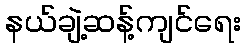
နယ်ချဲ့ဆန့်ကျင်ရေး